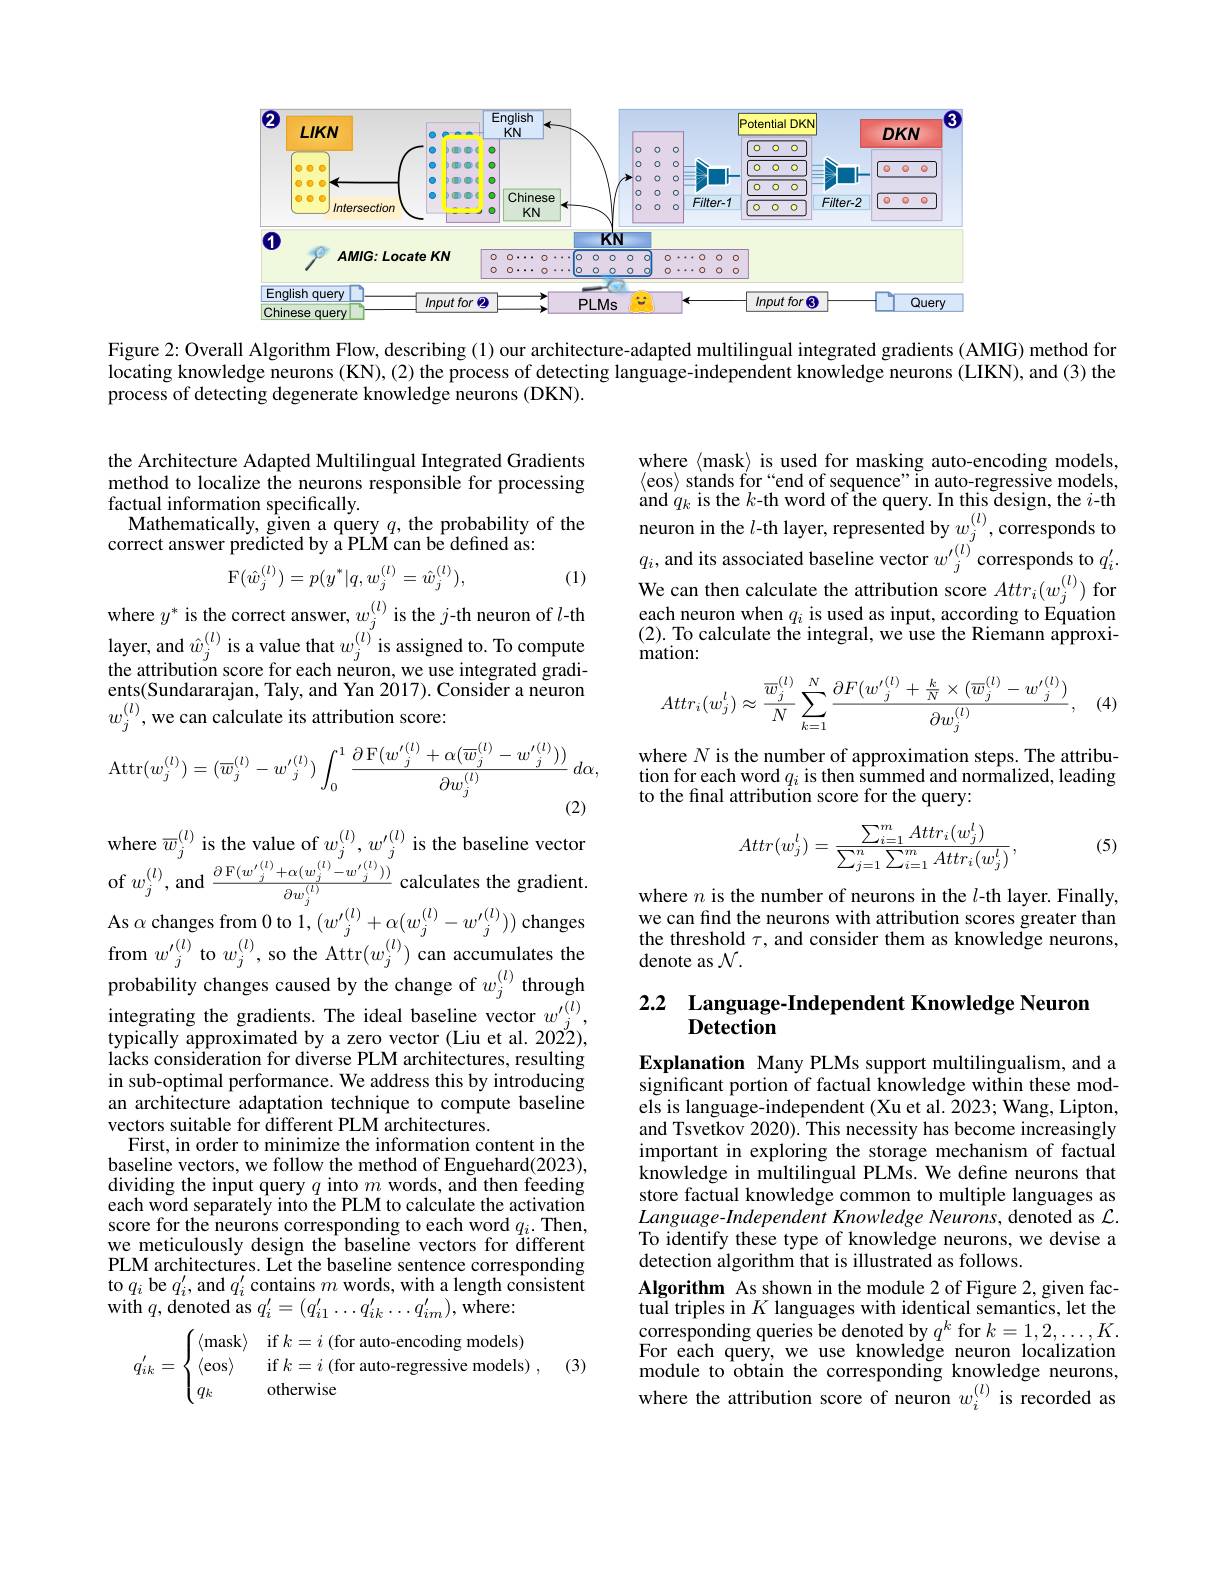
<FigureHere>

Figure 2: Overall Algorithm Flow, describing (1) our architecture-adapted multilingual integrated gradients (AMIG) method for locating knowledge neurons (KN), (2) the process of detecting language-independent knowledge neurons (LIKN), and (3) the process of detecting degenerate knowledge neurons (DKN).

the Architecture Adapted Multilingual Integrated Gradients method to localize the neurons responsible for processing factual information specifically.
Mathematically, given a query $q$, the probability of the
correct answer predicted by a PLM can be defined as:

where $\langle$mask$\rangle$ is used for masking auto-encoding models, $\langle$eos$\rangle$ stands for "end of sequence" in auto-regressive models, and $q_k$ is the $k$-th word of the query. In this d$esign$, the $i$-th neuron in the $l$-th layer, represented by $w_j^{(l)}$,corresponds to $q_{i}$, and its associated baseline vector $w^{\prime}_{j}^{(l)}$ corresponds to $q_i^{\prime}.$ We can then calculate the attribution score $Attr_{i}(w_{j}^{(l)})$ for each neuron when $q_i$ is used as input, according to Equation (2). To calculate the integral, we use the Riemann approximation:
$$Attr_{i}(w_{j}^{l})\approx\frac{\overline{w}_{j}^{(l)}}{N}\sum_{k=1}^{N}\frac{\partial F({w^{\prime}}_{j}^{(l)}+\frac{k}{N}\times(\overline{w}_{j}^{(l)}-{w^{\prime}}_{j}^{(l)})}{\partial w_{j}^{(l)}},$$
$$\mathrm{F}(\hat{w}_j^{(l)})=p(y^*|q,w_j^{(l)}=\hat{w}_j^{(l)}),$$
(1)

where $y^*$ is the correct answer, $w_j^{(l)}$ is the $j$-th neuron of $l$-th layer, and $\hat{w}_j^{(l)}$ is a value that $w_j^{(l)}$ is assigned to. To compute the attribution score for each neuron, we use integrated gradients(Sundararajan, Taly, and Yan 2017). Consiđer a neuron $w_{j}^{(l)}$,we can calculate its attribution score

(4)
$$\operatorname{Attr}(w_j^{(l)})=(\overline{w}_j^{(l)}-w'_j^{(l)})\int_0^1\frac{\partial\operatorname{F}(w'_j^{(l)}+\alpha(\overline{w}_j^{(l)}-w'_j^{(l)}))}{\partial w_j^{(l)}}\:d\alpha,$$
where $N$ is the number of approximation steps. The attribution for each word $q_i$ is then summed and normalized, leading to the final attribution score for the query:

(5)
$$Attr(w_j^l)=\frac{\sum_{i=1}^mAttr_i(w_j^l)}{\sum_{j=1}^n\sum_{i=1}^mAttr_i(w_j^l)},$$
where $n$ is the number of neurons in the $l$-th layer. Finally, we can find the neurons with attribution scores greater than the threshold $\tau$, and consider them as knowledge neurons, denote as $\mathcal{N}.$

## 2.2 Language-Independent Knowledge Neurom Detection

$\begin{array}{l}{{\mathrm{where~}\overline{w}_{j}^{(l)}\mathrm{~is~the~value~of~}w_{j}^{(l)},w_{j}^{\prime(l)}\mathrm{~is~the~baseline~vector}}\\{{\mathrm{wf~}}}\\{{\mathrm{we~}}^{(l)}\mathrm{~and~}}^{(l)}{{\mathrm{w}}}_{j}^{(l)}+\alpha(w_{j}^{(l)}-w_{j}^{\prime(l)}))}\end{array}$ ${\mathrm{of~}}w_{j}^{(l)},{\mathrm{and~}}\frac{\partial{\mathrm{F}}(w_{j}^{\prime(l)}+\alpha(w_{j}^{(l)}-w_{j}^{\prime(l)}))}{\partial w_{j}^{(l)}}{\mathrm{calculates~the~gradient}}$ $\mathbf{As~\alpha~changes~from~0~to~1,~}(w_{j}^{\prime(l)}+\alpha(w_{j}^{(l)}-w_{j}^{\prime(l)}))$ changes from $w_{j}^{(l)}$ to $w_{j}^{(l)}$, so the Attr$(w_{j}^{(l)})$ can accumulates the probability changes caused by the change of $w_j^{(l)}$ through $\begin{array}{ll}{\text{integrating the gradients. The ideal baseline vector }w_{j}^{\prime(l)},}\\{\text{typically approximated by a zero vector (Liu et al. 2022),}}\end{array}$ lacks consideration for diverse PLM architectures, resulting in sub-optimal performance. We address this by introducing an architecture adaptation technique to compute baseline vectors suitable for different PLM architectures.
First, in order to minimize the information content in the baseline vectors, we follow the method of Enguehard(2023), dividing the input query $q$ into $m$ words, and then feeding each word separately into the PLM to calculate the activation score for the neurons corresponding to each word $q_i.$Then, we meticulously design the baseline vectors for different PLM architectures. Let the baseline sentence corresponding to $q_i$ be $q_i^\prime$,and $q_i^\prime$ contains $m$ words, with a length consistent with $q$,denoted as $q_i^{\prime}=(q_{i1}^{\prime}\ldots q_{ik}^{\prime}\ldots q_{im}^{\prime})$,where:

Explanation Many PLMs support multilingualism, and a significant portion of factual knowledge within these models is language-independent (Xu et al. 2023; Wang, Lipton, and Tsvetkov 2020). This necessity has become increasingly important in exploring the storage mechanism of factual knowledge in multilingual PLMs. We define neurons that store factual knowledge common to multiple languages as Language-Independent Knowledge Neurons, denoted as $\mathcal{L}.$ To identify these type of knowledge neurons, we devise a detection algorithm that is illustrated as follows.
Algorithm As shown in the module 2 of Figure 2, given factual triples in $K$ languages with identical semantics, let the $\hat{\text{corresponding queries be denoted by }q^k}$for $k=1,2,\ldots,K$ For each query, we use knowledge neuron localization module to obtain the corresponding knowledge neurons, where the attribution score of neuron $w_i^{(l)}$ is recorded as

(3)
$$q_{ik}'=\begin{cases}\langle\text{mask}\rangle&\text{if}k=i\text{(for auto-encoding models)}\\\langle\text{eos}\rangle&\text{if}k=i\text{(for auto-regressive models)}\\q_k&\text{otherwise}\end{cases},$$